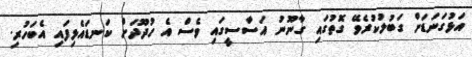
އަޅުގަނަޑަށް ގަބުލުކުރެވޭ ގޮތުގައި ގާނޫނު އަސާސީގައި ވެސް އެ ހުދޫދަށް ކަނޑައެޅިފައި އެބަހުރި.